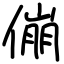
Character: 傰